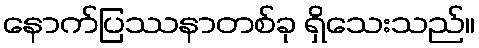
နောက်ပြဿနာတစ်ခု ရှိသေးသည်။